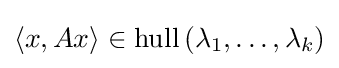
{\textstyle \langle x,Ax\rangle \in \operatorname {hull} \left(\lambda _{1},\ldots ,\lambda _{k}\right)}